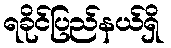
ရခိုင်ပြည်နယ်ရှိ